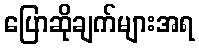
ပြောဆိုချက်များအရ